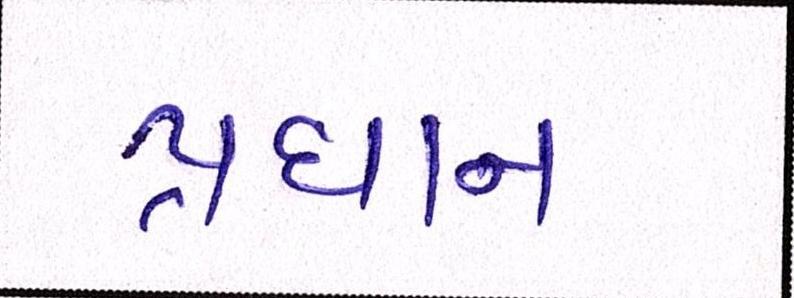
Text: પ્રધાન